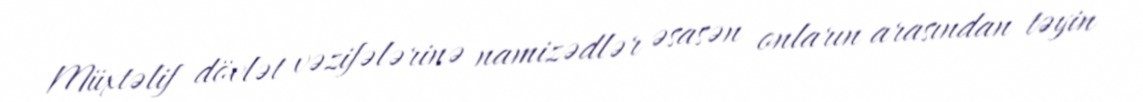
Müxtəlif dövlət vəzifələrinə namizədlər əsasən onların arasından təyin